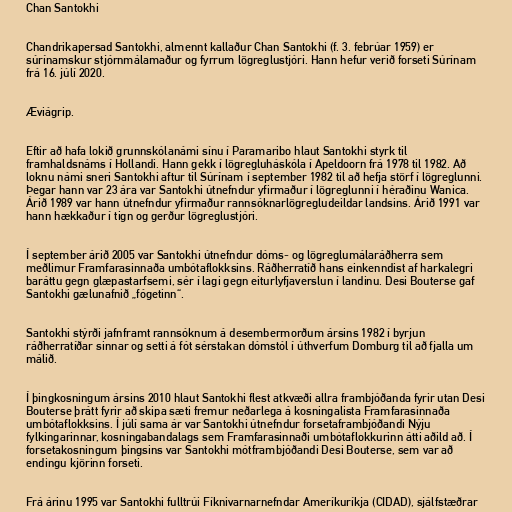
Chan Santokhi

Chandrikapersad Santokhi, almennt kallaður Chan Santokhi (f. 3. febrúar 1959) er
súrínamskur stjórnmálamaður og fyrrum lögreglustjóri. Hann hefur verið forseti Súrínam
frá 16. júlí 2020.

Æviágrip.

Eftir að hafa lokið grunnskólanámi sínu í Paramaribo hlaut Santokhi styrk til
framhaldsnáms í Hollandi. Hann gekk í lögregluháskóla í Apeldoorn frá 1978 til 1982. Að
loknu námi sneri Santokhi aftur til Súrínam í september 1982 til að hefja störf í lögreglunni.
Þegar hann var 23 ára var Santokhi útnefndur yfirmaður í lögreglunni í héraðinu Wanica.
Árið 1989 var hann útnefndur yfirmaður rannsóknarlögregludeildar landsins. Árið 1991 var
hann hækkaður í tign og gerður lögreglustjóri.

Í september árið 2005 var Santokhi útnefndur dóms- og lögreglumálaráðherra sem
meðlimur Framfarasinnaða umbótaflokksins. Ráðherratíð hans einkenndist af harkalegri
baráttu gegn glæpastarfsemi, sér í lagi gegn eiturlyfjaverslun í landinu. Desi Bouterse gaf
Santokhi gælunafnið „fógetinn“.

Santokhi stýrði jafnframt rannsóknum á desembermorðum ársins 1982 í byrjun
ráðherratíðar sinnar og setti á fót sérstakan dómstól í úthverfum Domburg til að fjalla um
málið.

Í þingkosningum ársins 2010 hlaut Santokhi flest atkvæði allra frambjóðanda fyrir utan Desi
Bouterse þrátt fyrir að skipa sæti fremur neðarlega á kosningalista Framfarasinnaða
umbótaflokksins. Í júlí sama ár var Santokhi útnefndur forsetaframbjóðandi Nýju
fylkingarinnar, kosningabandalags sem Framfarasinnaði umbótaflokkurinn átti aðild að. Í
forsetakosningum þingsins var Santokhi mótframbjóðandi Desi Bouterse, sem var að
endingu kjörinn forseti.

Frá árinu 1995 var Santokhi fulltrúi Fíknivarnarnefndar Ameríkuríkja (CIDAD), sjálfstæðrar